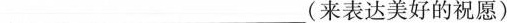
___(来表达美好的祝愿)